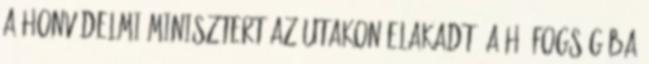
a honvédelmi minisztert az utakon elakadt, a hó fogságába